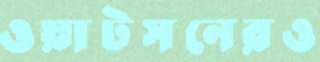
ওয়াটসনেরও